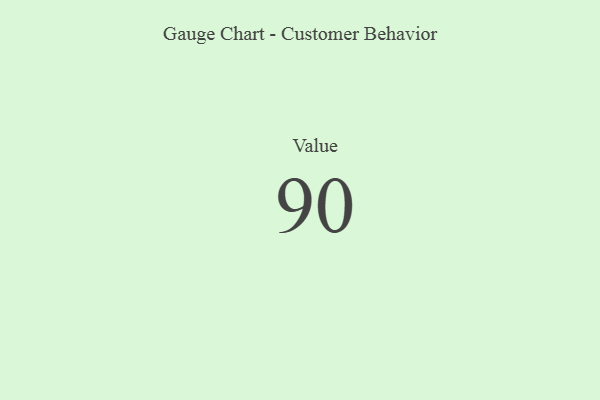
{"axis": {"x": "Metric", "y": "Value"}, "legend": [""], "data": [{"x": "Value", "y": 90, "type": ""}]}